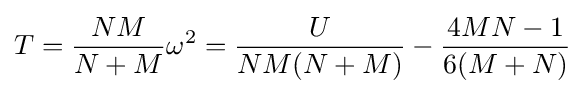
T={\frac {NM}{N+M}}\omega ^{2}={\frac {U}{NM(N+M)}}-{\frac {4MN-1}{6(M+N)}}